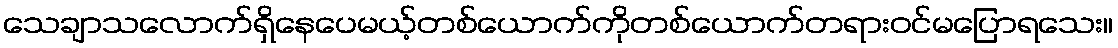
သေချာသလောက်ရှိနေပေမယ့်တစ်ယောက်ကိုတစ်ယောက်တရားဝင်မပြောရသေး။